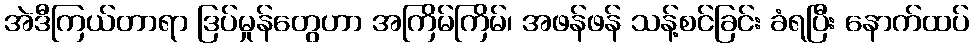
အဲဒီကြယ်တာရာ ဒြပ်မှုန်တွေဟာ အကြိမ်ကြိမ်၊ အဖန်ဖန် သန့်စင်ခြင်း ခံရပြီး နောက်ထပ်